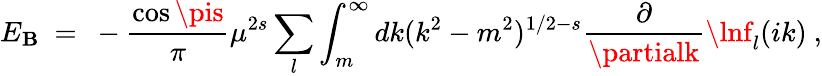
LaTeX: E_{\mathbf{B}}\ =\ -\frac{{\cos\pis}}{{\pi}}\mu^{2s}\sum_{l}\int_{m}^{\infty}dk(k^{2}-m^{2})^{1/2-s}\frac{{\partial}}{{\partialk}}\lnf_{l}(ik)\ ,